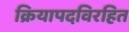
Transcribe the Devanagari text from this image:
क्रियापदविरहित